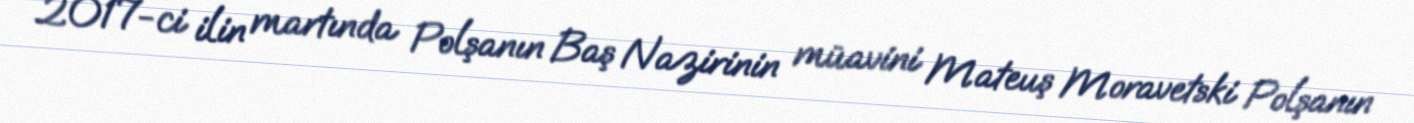
2017-ci ilin martında Polşanın Baş Nazirinin müavini Mateuş Moravetski Polşanın